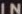
IN